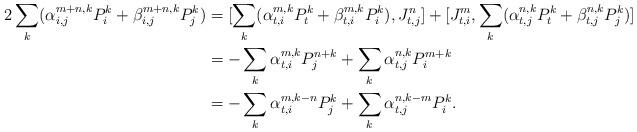
LaTeX: \begin{align*} 2\sum_k(\alpha_{i,j}^{m+n,k}P_i^{k}+\beta_{i,j}^{m+n,k}P_j^{k})&=[\sum_k(\alpha_{t,i}^{m,k}P_t^{k}+\beta_{t,i}^{m,k}P_i^{k}), J_{t,j}^{n}]+[J_{t,i}^{m},\sum_k(\alpha_{t,j}^{n,k}P_t^{k}+\beta_{t,j}^{n,k}P_j^{k})]&\\&=-\sum_k\alpha_{t,i}^{m,k}P_j^{n+k}+\sum_k\alpha_{t,j}^{n,k}P_i^{m+k}&\\&=-\sum_k\alpha_{t,i}^{m,k-n}P_j^{k}+\sum_k\alpha_{t,j}^{n,k-m}P_i^{k}.&\end{align*}